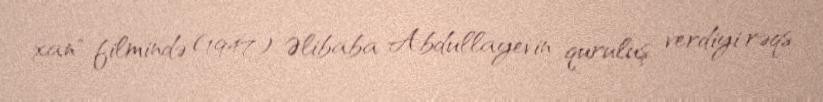
xan" filmində (1947) Əlibaba Abdullayevin quruluş verdiyi rəqs.